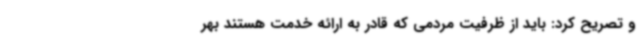
و تصریح کرد: باید از ظرفیت مردمی‌ که قادر به ارائه خدمت هستند بهر